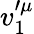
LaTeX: v_{1}^{\prime\mu}